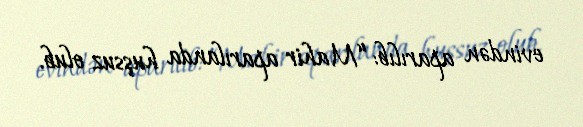
evindən aparılıb: “Mahir aparılanda huşsuz olub.